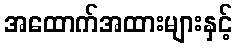
အထောက်အထားများနှင့်